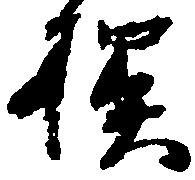
様